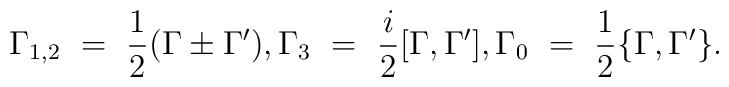
\Gamma_{1,2}~=~\frac{1}{2}(\Gamma \pm\Gamma'),\Gamma_3~=~\frac{i}{2}[\Gamma,\Gamma'],\Gamma_0~=~\frac{1}{2}\{\Gamma,\Gamma'\}.